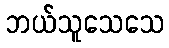
ဘယ်သူသေသေ